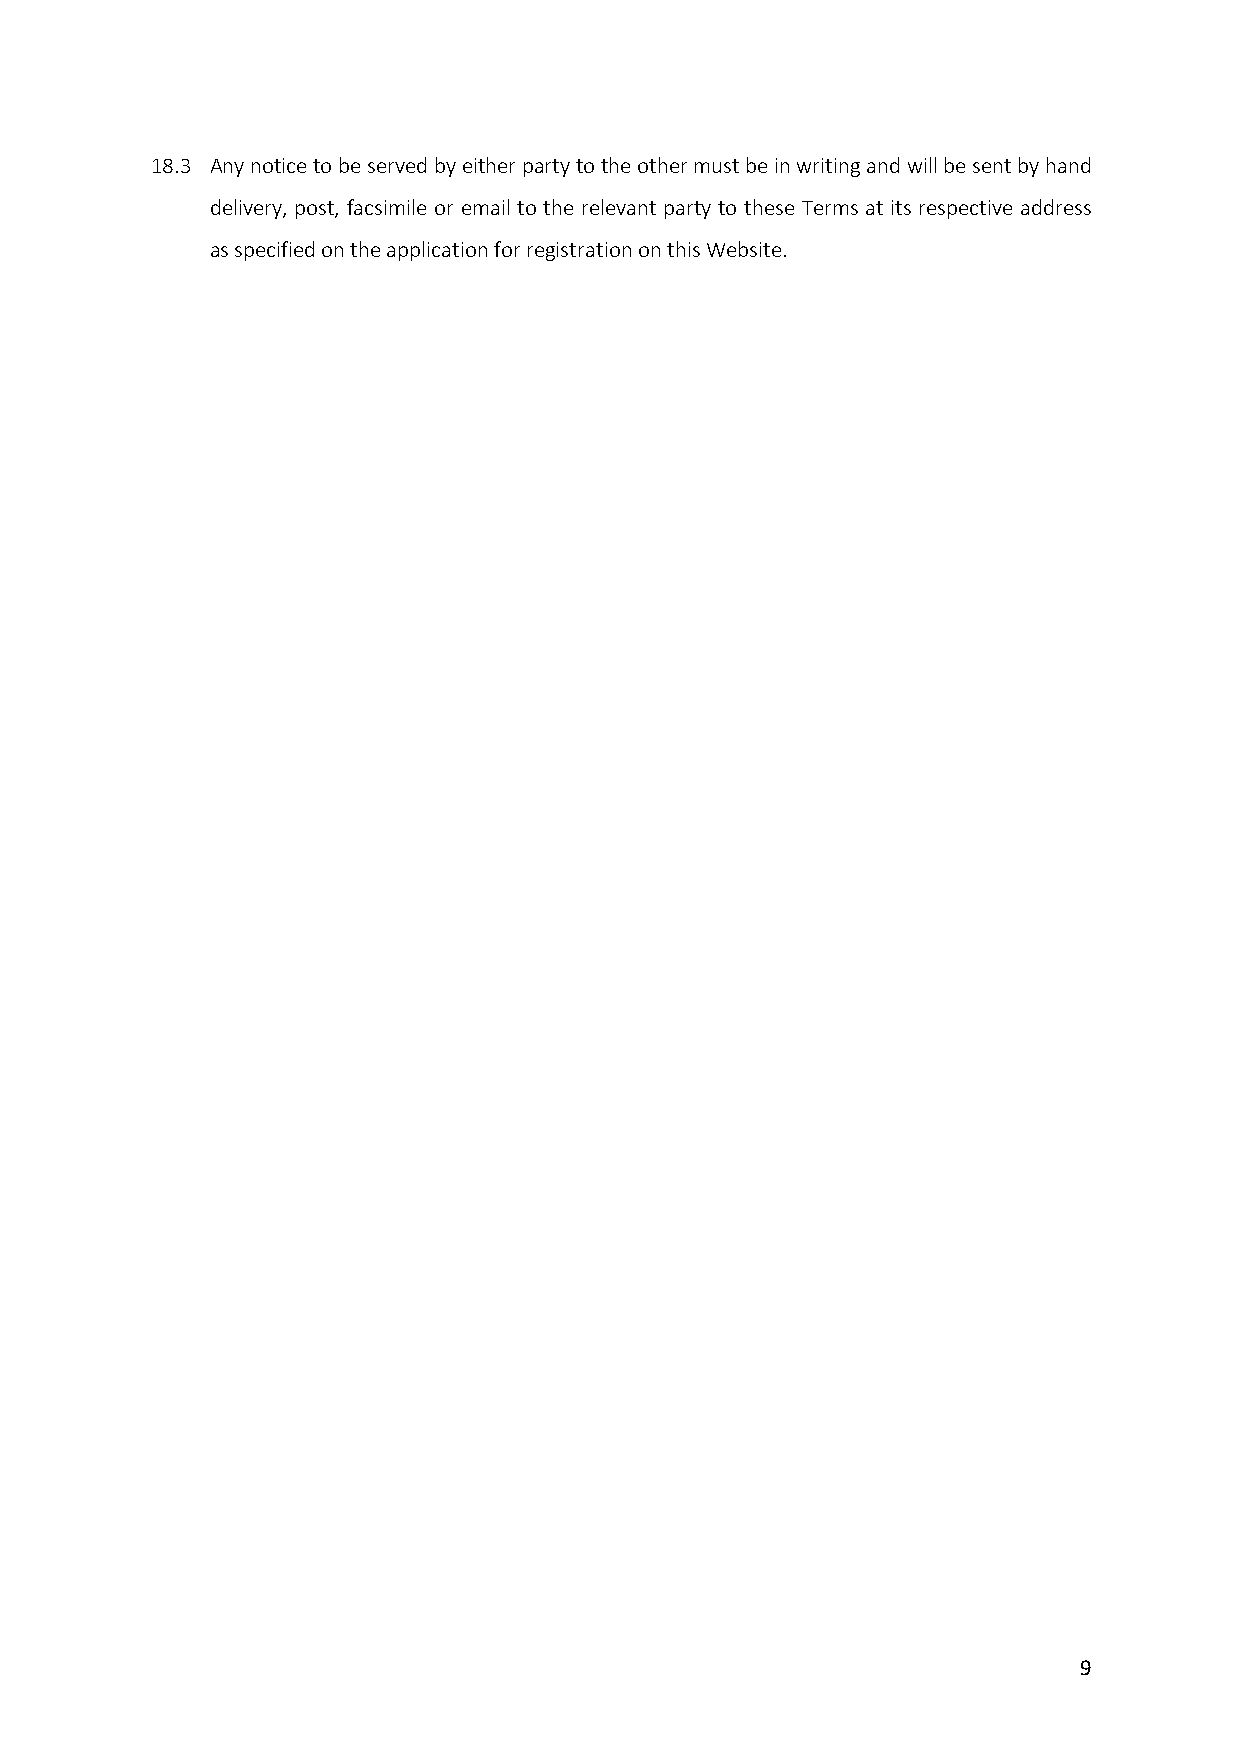
18.3 Any notice to be served by either party to the other must be in writing and will be sent by hand
 delivery, post, facsimile or email to the relevant party to these Terms at its respective address
 as specified on the application for registration on this Website.
 9